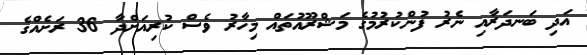
އަދި ބަނދަރާއި ނެރު ފުންކުރުމުގެ މަޝްރޫއުތައް މިހާރު ވެސް ކުރިއަށްދާ 36 ރަށެއްގެ